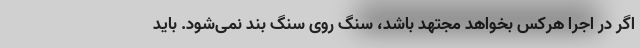
اگر در اجرا هرکس بخواهد مجتهد باشد، سنگ روی سنگ بند نمی‌شود. باید